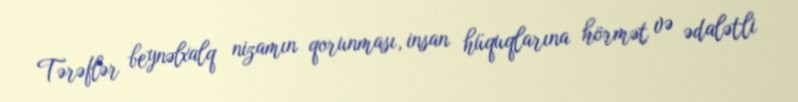
Tərəflər beynəlxalq nizamın qorunması, insan hüquqlarına hörmət və ədalətli